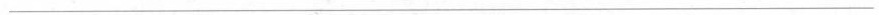
___